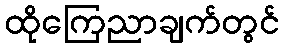
ထိုကြေညာချက်တွင်